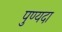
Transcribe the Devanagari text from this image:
पुण्यदा